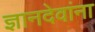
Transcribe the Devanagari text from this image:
ज्ञानदेवांना